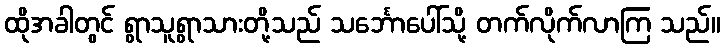
ထိုအခါတွင် ရွာသူရွာသားတို့သည် သင်္ဘောပေါ်သို့ တက်လိုက်လာကြ သည်။